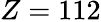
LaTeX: Z=112